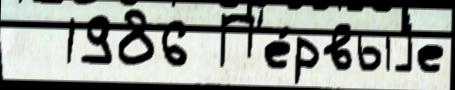
  1986 П'е́рвыjе